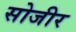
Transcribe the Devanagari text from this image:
सोजीर